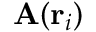
\mathbf { A } ( \mathbf { r } _ { i } )